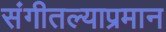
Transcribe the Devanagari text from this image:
संगीतल्याप्रमान